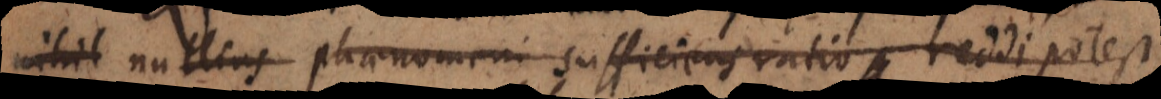
nihil nullius phaenomeni sufficiens ratio reddi potest,